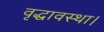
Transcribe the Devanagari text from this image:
वृद्धावस्था।